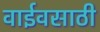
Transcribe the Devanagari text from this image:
वाईवसाठी